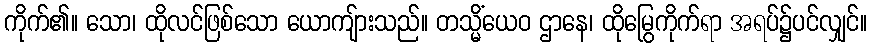
ကိုက်၏။ သော၊ ထိုလင်ဖြစ်သော ယောကျ်ားသည်။ တသ္မိံယေဝ ဌာနေ၊ ထိုမြွေကိုက်ရာ အရပ်၌ပင်လျှင်။